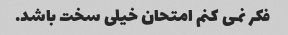
فکر نمی کنم امتحان خیلی سخت باشد.